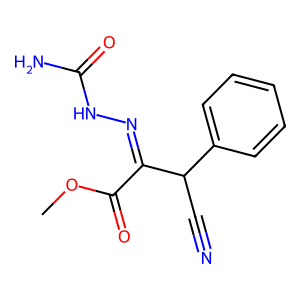
SMILES: COC(=O)C(=NNC(N)=O)C(C#N)c1ccccc1
Inhibits HIV replication: No